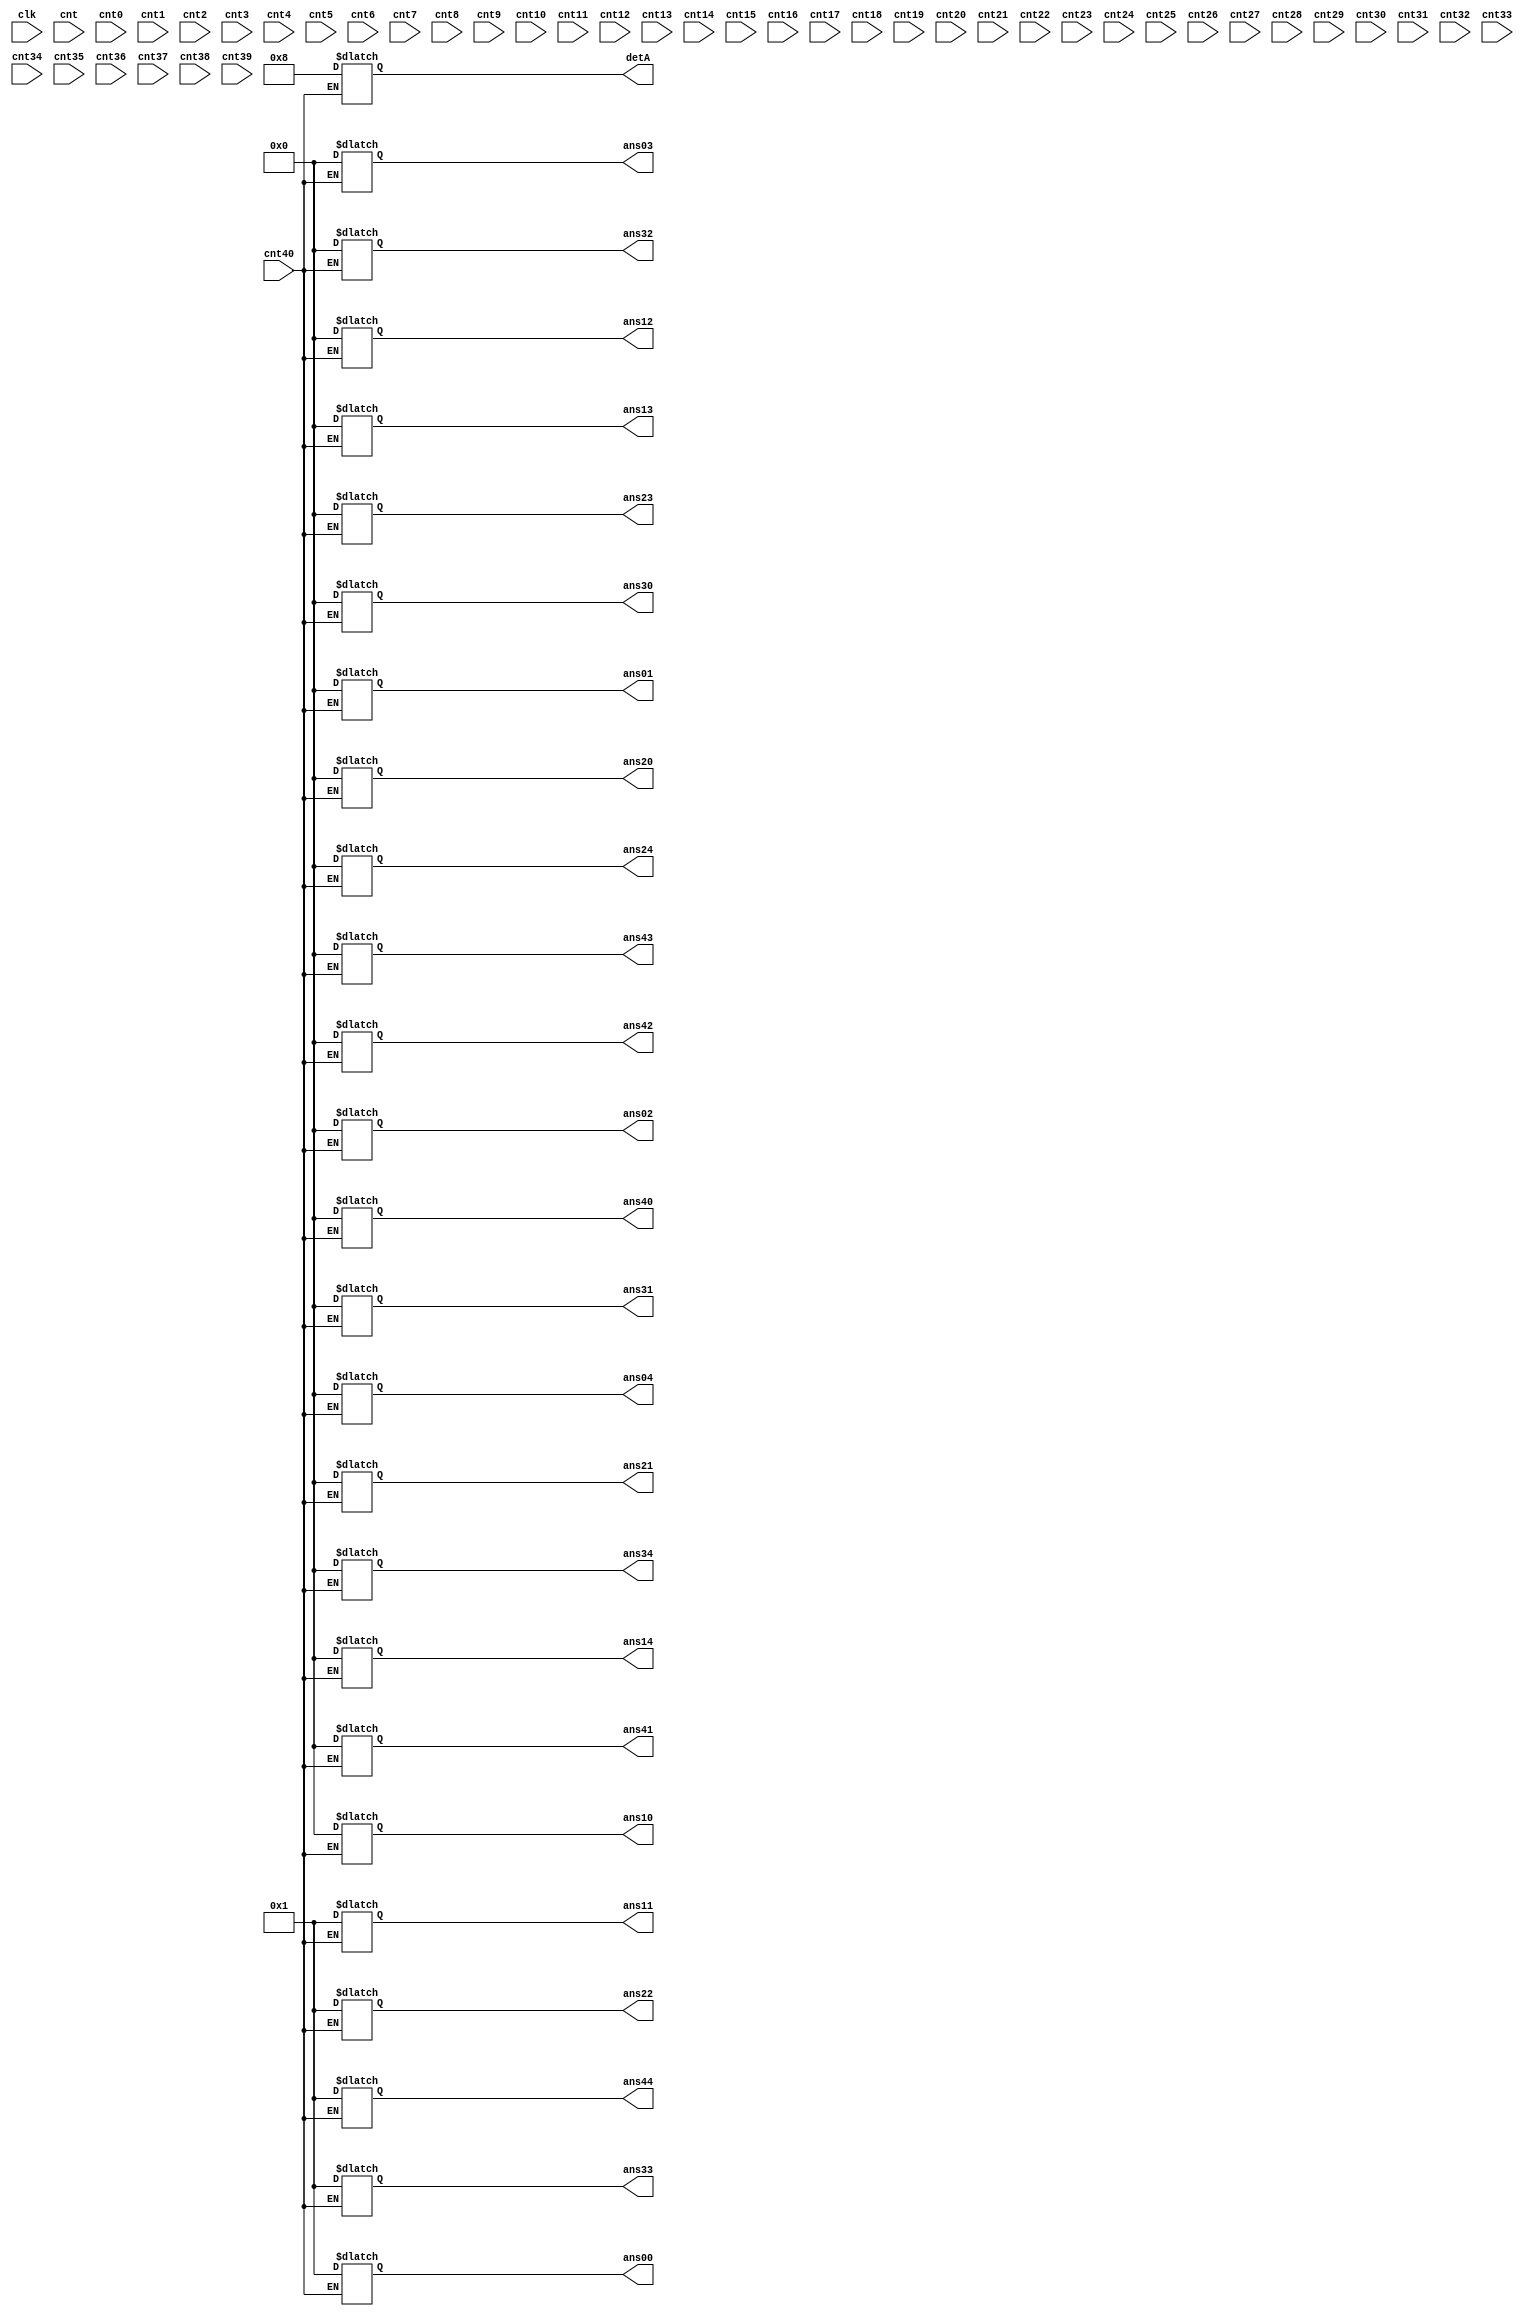
`timescale 1ns / 1ps
//////////////////////////////////////////////////////////////////////////////////
// Company: 
// Engineer: 
// 
// Design Name: 
// Module Name:    matrixInversion 
// Project Name: 
// Target Devices: 
// Tool versions: 
// Description: 
//
// Dependencies: 
//
// Revision: 
// Revision 0.01 - File Created
// Additional Comments: 
//
//////////////////////////////////////////////////////////////////////////////////
module matrixInversion(clk ,cnt ,cnt40 , cnt0 , cnt1 ,cnt2 ,cnt3 , cnt4 ,cnt5 ,cnt6 ,cnt7 ,cnt8 ,cnt9,cnt10 , cnt11 ,cnt12 ,cnt13 , cnt14 ,cnt15 ,cnt16 ,cnt17 ,cnt18 ,cnt19,cnt20 , cnt21 ,cnt22 ,cnt23 , cnt24 ,cnt25 ,cnt26 ,cnt27 ,cnt28 ,cnt29,cnt30 , cnt31 ,cnt32 ,cnt33 , cnt34 ,cnt35 ,cnt36 ,cnt37 ,cnt38 ,cnt39,
		detA, ans00 , ans01 , ans02, ans03, ans04, ans10 , ans11 , ans12, ans13, ans14, ans20 , ans21 , ans22, ans23, ans24, ans30 , ans31 , ans32, ans33, ans34, ans40 , ans41 , ans42, ans43, ans44);

input clk;

reg [63:0] matrix [0:24];

output reg [63:0] ans00 , ans01 , ans02, ans03, ans04;
output reg [63:0] ans10 , ans11 , ans12, ans13, ans14;
output reg [63:0] ans20 , ans21 , ans22, ans23, ans24;
output reg [63:0] ans30 , ans31 , ans32, ans33, ans34;
output reg [63:0] ans40 , ans41 , ans42, ans43, ans44;
output reg [63:0] detA;

reg [63:0] a00 , a01 , a02 , a03 , a04 ,a05 , a06 , a07 , a08 , a09;
reg [63:0] a11 , a12 , a13 , a14 , a10 ,a15 , a16 , a17 , a18 , a19;
reg [63:0] a21 , a22 , a23 , a24 , a20 ,a25 , a26 , a27 , a28 , a29;
reg [63:0] a31 , a32 , a33 , a34 , a30 ,a35 , a36 , a37 , a38 , a39;
reg [63:0] a40 , a41 , a42 , a43 , a44 ,a45 , a46 , a47 , a48 , a49;

input cnt , cnt40;
input cnt0 , cnt1 ,cnt2 ,cnt3 , cnt4 ,cnt5 ,cnt6 ,cnt7 ,cnt8 ,cnt9;
input cnt10 , cnt11 ,cnt12 ,cnt13 , cnt14 ,cnt15 ,cnt16 ,cnt17 ,cnt18 ,cnt19;
input cnt20 , cnt21 ,cnt22 ,cnt23 , cnt24 ,cnt25 ,cnt26 ,cnt27 ,cnt28 ,cnt29;
input cnt30 , cnt31 ,cnt32 ,cnt33 , cnt34 ,cnt35 ,cnt36 ,cnt37 ,cnt38 ,cnt39;

always@(cnt)
begin
	a00 = 1;
	a01 = 0;
	a02 = 0;
	a03 = 0;
	a04 = 0;

	a05 = 1;
	a06 = 0;
	a07 = 0;
	a08 = 0;
	a09 = 0;


	a10 = 0;
	a11 = 2;
	a12 = 6;
	a13 = 0;
	a14 = 0;

	a15 = 0;
	a16 = 1;
	a17 = 0;
	a18 = 0;
	a19 = 0;


	a20 = 3;
	a21 = 0;
	a22 = 4;
	a23 = 4;
	a24 = 2;

	a25 = 0;
	a26 = 0;
	a27 = 1;
	a28 = 0;
	a29 = 0;


	a30 = 4;
	a31 = 0;
	a32 = 0;
	a33 = 1;
	a34 = 0;

	a35 = 0;
	a36 = 0;
	a37 = 0;
	a38 = 1;
	a39 = 0;


	a40 = 2;
	a41 = 4;
	a42 = 0;
	a43 = 0;
	a44 = 1;

	a45 = 0;
	a46 = 0;
	a47 = 0;
	a48 = 0;
	a49 = 1;

	//cnt0 = 1;

end
////////////////////////////////////////////////////////
/////////
////////////////////////////////////////////////////////

always@(cnt0)
begin 

	if(a10!=0)
	begin
	a00 <= a00 * a10;
	a01 <= a01 * a10;
	a02 <= a02 * a10;
	a03 <= a03 * a10;
	a04 <= a04 * a10;
	a05 <= a05 * a10;
	a06 <= a06 * a10;
	a07 <= a07 * a10;
	a08 <= a08 * a10;
	a09 <= a09 * a10;

	a10 <= a10 * a00;
	a11 <= a11 * a00;
	a12 <= a12 * a00;
	a13 <= a13 * a00;
	a14 <= a14 * a00;
	a15 <= a15 * a00;
	a16 <= a16 * a00;
	a17 <= a17 * a00;
	a18 <= a18 * a00;
	a19 <= a19 * a00;
	end
	//cnt1= 1;
end

always@(cnt1)
begin
	if(a10!=0)
	begin
	a10 <= a10-a00;
	a11 <= a11-a01;
	a12 <= a12-a02;
	a13 <= a13-a03;
	a14 <= a14-a04;
	a15 <= a15-a05;
	a16 <= a16-a06;
	a17 <= a17-a07;
	a18 <= a18-a08;
	a19 <= a19-a09;
	end
	//cnt2 = 1;
end

always@(cnt2)
begin
	if(a20 != 0)
	begin
	a00 <= a00 * a20;
	a01 <= a01 * a20;
	a02 <= a02 * a20;
	a03 <= a03 * a20;
	a04 <= a04 * a20;
	a05 <= a05 * a20;
	a06 <= a06 * a20;
	a07 <= a07 * a20;
	a08 <= a08 * a20;
	a09 <= a09 * a20;

	a20 <= a20 * a00;
	a21 <= a21 * a00;
	a22 <= a22 * a00;
	a23 <= a23 * a00;
	a24 <= a24 * a00;
	a25 <= a25 * a00;
	a26 <= a26 * a00;
	a27 <= a27 * a00;
	a28 <= a28 * a00;
	a29 <= a29 * a00;
	end
	//cnt3 = 1;
end

always@(cnt3)
begin
	if(a20 != 0)
	begin

	a20 <= a20-a00;
	a21 <= a21-a01;
	a22 <= a22-a02;
	a23 <= a23-a03;
	a24 <= a24-a04;
	a25 <= a25-a05;
	a26 <= a26-a06;
	a27 <= a27-a07;
	a28 <= a28-a08;
	a29 <= a29-a09;
	end
	//cnt4 = 1;
end


always@(cnt4)
begin
	if(a30 != 0)
	begin
	
	a00 <= a00 * a30;
	a01 <= a01 * a30;
	a02 <= a02 * a30;
	a03 <= a03 * a30;
	a04 <= a04 * a30;
	a05 <= a05 * a30;
	a06 <= a06 * a30;
	a07 <= a07 * a30;
	a08 <= a08 * a30;
	a09 <= a09 * a30;

	a30 <= a30 * a00;
	a31 <= a31 * a00;
	a32 <= a32 * a00;
	a33 <= a33 * a00;
	a34 <= a34 * a00;
	a35 <= a35 * a00;
	a36 <= a36 * a00;
	a37 <= a37 * a00;
	a38 <= a38 * a00;
	a39 <= a39 * a00;
	end
	//cnt5 = 1;
end

always@(cnt5)
begin
	if(a30 != 0)
	begin

	a30 <= a30-a00;
	a31 <= a31-a01;
	a32 <= a32-a02;
	a33 <= a33-a03;
	a34 <= a34-a04;
	a35 <= a35-a05;
	a36 <= a36-a06;
	a37 <= a37-a07;
	a38 <= a38-a08;
	a39 <= a39-a09;
	end
	//cnt6 = 1;
end


always@(cnt6)
begin
	if(a40 != 0)
	begin
	
	a00 <= a00 * a40;
	a01 <= a01 * a40;
	a02 <= a02 * a40;
	a03 <= a03 * a40;
	a04 <= a04 * a40;
	a05 <= a05 * a40;
	a06 <= a06 * a40;
	a07 <= a07 * a40;
	a08 <= a08 * a40;
	a09 <= a09 * a40;

	a40 <= a40 * a00;
	a41 <= a41 * a00;
	a42 <= a42 * a00;
	a43 <= a43 * a00;
	a44 <= a44 * a00;
	a45 <= a45 * a00;
	a46 <= a46 * a00;
	a47 <= a47 * a00;
	a48 <= a48 * a00;
	a49 <= a49 * a00;
	end
	//cnt7 = 1;
end

always@(cnt7)
begin
	if(a40 != 0)
	begin

	a40 <= a40-a00;
	a41 <= a41-a01;
	a42 <= a42-a02;
	a43 <= a43-a03;
	a44 <= a44-a04;
	a45 <= a45-a05;
	a46 <= a46-a06;
	a47 <= a47-a07;
	a48 <= a48-a08;
	a49 <= a49-a09;
	end
	//cnt8 = 1;
end

/////////////////////////////////////////////////////

always@(cnt8)
begin
	if(a21 != 0)
	begin
	
	a10 <= a10 * a21;
	a11 <= a11 * a21;
	a12 <= a12 * a21;
	a13 <= a13 * a21;
	a14 <= a14 * a21;
	a15 <= a15 * a21;
	a16 <= a16 * a21;
	a17 <= a17 * a21;
	a18 <= a18 * a21;
	a19 <= a19 * a21;

	a20 <= a20 * a11;
	a21 <= a21 * a11;
	a22 <= a22 * a11;
	a23 <= a23 * a11;
	a24 <= a24 * a11;
	a25 <= a25 * a11;
	a26 <= a26 * a11;
	a27 <= a27 * a11;
	a28 <= a28 * a11;
	a29 <= a29 * a11;
	end
	//cnt9 = 1;
end

always@(cnt9)
begin
	if(a21 != 0)
	begin

	a20 <= a20-a10;
	a21 <= a21-a11;
	a22 <= a22-a12;
	a23 <= a23-a13;
	a24 <= a24-a14;
	a25 <= a25-a15;
	a26 <= a26-a16;
	a27 <= a27-a17;
	a28 <= a28-a18;
	a29 <= a29-a19;
	end
	//cnt10 = 1;
end

always@(cnt10)
begin
	if(a31 != 0)
	begin
	
	a10 <= a10 * a31;
	a11 <= a11 * a31;
	a12 <= a12 * a31;
	a13 <= a13 * a31;
	a14 <= a14 * a31;
	a15 <= a15 * a31;
	a16 <= a16 * a31;
	a17 <= a17 * a31;
	a18 <= a18 * a31;
	a19 <= a19 * a31;

	a30 <= a30 * a11;
	a31 <= a31 * a11;
	a32 <= a32 * a11;
	a33 <= a33 * a11;
	a34 <= a34 * a11;
	a35 <= a35 * a11;
	a36 <= a36 * a11;
	a37 <= a37 * a11;
	a38 <= a38 * a11;
	a39 <= a39 * a11;
	end
	//cnt11 = 1;
end

always@(cnt11)
begin
	if(a31 != 0)
	begin

	a30 <= a30-a10;
	a31 <= a31-a11;
	a32 <= a32-a12;
	a33 <= a33-a13;
	a34 <= a34-a14;
	a35 <= a35-a15;
	a36 <= a36-a16;
	a37 <= a37-a17;
	a38 <= a38-a18;
	a39 <= a39-a19;
	end
	//cnt12 = 1;
end

always@(cnt12)
begin
	if(a41 != 0)
	begin
	
	a10 <= a10 * a41;
	a11 <= a11 * a41;
	a12 <= a12 * a41;
	a13 <= a13 * a41;
	a14 <= a14 * a41;
	a15 <= a15 * a41;
	a16 <= a16 * a41;
	a17 <= a17 * a41;
	a18 <= a18 * a41;
	a19 <= a19 * a41;

	a40 <= a40 * a11;
	a41 <= a41 * a11;
	a42 <= a42 * a11;
	a43 <= a43 * a11;
	a44 <= a44 * a11;
	a45 <= a45 * a11;
	a46 <= a46 * a11;
	a47 <= a47 * a11;
	a48 <= a48 * a11;
	a49 <= a49 * a11;
	end
	//cnt13 = 1;
end

always@(cnt13)
begin
	if(a41 != 0)
	begin

	a40 <= a40-a10;
	a41 <= a41-a11;
	a42 <= a42-a12;
	a43 <= a43-a13;
	a44 <= a44-a14;
	a45 <= a45-a15;
	a46 <= a46-a16;
	a47 <= a47-a17;
	a48 <= a48-a18;
	a49 <= a49-a19;
	end
	//cnt14 = 1;
end

//////////////////////////////////////////////////

always@(cnt14)
begin
	if(a32 != 0)
	begin
	
	a20 <= a20 * a32;
	a21 <= a21 * a32;
	a22 <= a22 * a32;
	a23 <= a23 * a32;
	a24 <= a24 * a32;
	a25 <= a25 * a32;
	a26 <= a26 * a32;
	a27 <= a27 * a32;
	a28 <= a28 * a32;
	a29 <= a29 * a32;

	a30 <= a30 * a22;
	a31 <= a31 * a22;
	a32 <= a32 * a22;
	a33 <= a33 * a22;
	a34 <= a34 * a22;
	a35 <= a35 * a22;
	a36 <= a36 * a22;
	a37 <= a37 * a22;
	a38 <= a38 * a22;
	a39 <= a39 * a22;
	end
	//cnt15 = 1;
end

always@(cnt15)
begin
	if(a32 != 0)
	begin

	a30 <= a30-a20;
	a31 <= a31-a21;
	a32 <= a32-a22;
	a33 <= a33-a23;
	a34 <= a34-a24;
	a35 <= a35-a25;
	a36 <= a36-a26;
	a37 <= a37-a27;
	a38 <= a38-a28;
	a39 <= a39-a29;
	end
	//cnt16 = 1;
end

always@(cnt16)
begin
	if(a42 != 0)
	begin
	
	a20 <= a20 * a42;
	a21 <= a21 * a42;
	a22 <= a22 * a42;
	a23 <= a23 * a42;
	a24 <= a24 * a42;
	a25 <= a25 * a42;
	a26 <= a26 * a42;
	a27 <= a27 * a42;
	a28 <= a28 * a42;
	a29 <= a29 * a42;

	a40 <= a40 * a22;
	a41 <= a41 * a22;
	a42 <= a42 * a22;
	a43 <= a43 * a22;
	a44 <= a44 * a22;
	a45 <= a45 * a22;
	a46 <= a46 * a22;
	a47 <= a47 * a22;
	a48 <= a48 * a22;
	a49 <= a49 * a22;
	end
	//cnt17 = 1;
end

always@(cnt17)
begin
	if(a42 != 0)
	begin

	a40 <= a40-a20;
	a41 <= a41-a21;
	a42 <= a42-a22;
	a43 <= a43-a23;
	a44 <= a44-a24;
	a45 <= a45-a25;
	a46 <= a46-a26;
	a47 <= a47-a27;
	a48 <= a48-a28;
	a49 <= a49-a29;
	end
	//cnt18 = 1;
end


//////////////////////////////////////////////////

always@(cnt18)
begin
	if(a43 != 0)
	begin
	
	a30 <= a30 * a43;
	a31 <= a31 * a43;
	a32 <= a32 * a43;
	a33 <= a33 * a43;
	a34 <= a34 * a43;
	a35 <= a35 * a43;
	a36 <= a36 * a43;
	a37 <= a37 * a43;
	a38 <= a38 * a43;
	a39 <= a39 * a43;

	a40 <= a40 * a33;
	a41 <= a41 * a33;
	a42 <= a42 * a33;
	a43 <= a43 * a33;
	a44 <= a44 * a33;
	a45 <= a45 * a33;
	a46 <= a46 * a33;
	a47 <= a47 * a33;
	a48 <= a48 * a33;
	a49 <= a49 * a33;
	end
	//cnt19 = 1;
end

always@(cnt19)
begin
	if(a43 != 0)
	begin

	a40 <= a40-a30;
	a41 <= a41-a31;
	a42 <= a42-a32;
	a43 <= a43-a33;
	a44 <= a44-a34;
	a45 <= a45-a35;
	a46 <= a46-a36;
	a47 <= a47-a37;
	a48 <= a48-a38;
	a49 <= a49-a39;
	end
	//cnt20 = 1;
end

//////////////////////////////////////////////////////////
/////////
//////////////////////////////////////////////////////////

always@(cnt20)
begin
	if(a34 != 0)
	begin 

	a40 <= a40 * a34;
	a41 <= a41 * a34;
	a42 <= a42 * a34;
	a43 <= a43 * a34;
	a44 <= a44 * a34;
	a45 <= a45 * a34;
	a46 <= a46 * a34;
	a47 <= a47 * a34;
	a48 <= a48 * a34;
	a49 <= a49 * a34;
	
	a30 <= a30 * a44;
	a31 <= a31 * a44;
	a32 <= a32 * a44;
	a33 <= a33 * a44;
	a34 <= a34 * a44;
	a35 <= a35 * a44;
	a36 <= a36 * a44;
	a37 <= a37 * a44;
	a38 <= a38 * a44;
	a39 <= a39 * a44;
	end
	//cnt21 = 1;
end

always@(cnt21)
begin
	if(a34 != 0)
	begin
	
	a30 <= a30-a40;
	a31 <= a31-a41;
	a32 <= a32-a42;
	a33 <= a33-a43;
	a34 <= a34-a44;
	a35 <= a35-a45;
	a36 <= a36-a46;
	a37 <= a37-a47;
	a38 <= a38-a48;
	a39 <= a39-a49;
	end
	//cnt22 = 1;
end

always@(cnt22)
begin
	if(a24 != 0)
	begin 

	a40 <= a40 * a24;
	a41 <= a41 * a24;
	a42 <= a42 * a24;
	a43 <= a43 * a24;
	a44 <= a44 * a24;
	a45 <= a45 * a24;
	a46 <= a46 * a24;
	a47 <= a47 * a24;
	a48 <= a48 * a24;
	a49 <= a49 * a24;
	
	a20 <= a20 * a44;
	a21 <= a21 * a44;
	a22 <= a22 * a44;
	a23 <= a23 * a44;
	a24 <= a24 * a44;
	a25 <= a25 * a44;
	a26 <= a26 * a44;
	a27 <= a27 * a44;
	a28 <= a28 * a44;
	a29 <= a29 * a44;
	end
	//cnt23 = 1;
end

always@(cnt23)
begin
	if(a24 != 0)
	begin
	
	a20 <= a20-a40;
	a21 <= a21-a41;
	a22 <= a22-a42;
	a23 <= a23-a43;
	a24 <= a24-a44;
	a25 <= a25-a45;
	a26 <= a26-a46;
	a27 <= a27-a47;
	a28 <= a28-a48;
	a29 <= a29-a49;
	end
	//cnt24 = 1;
end

always@(cnt24)
begin
	if(a14 != 0)
	begin 

	a40 <= a40 * a14;
	a41 <= a41 * a14;
	a42 <= a42 * a14;
	a43 <= a43 * a14;
	a44 <= a44 * a14;
	a45 <= a45 * a14;
	a46 <= a46 * a14;
	a47 <= a47 * a14;
	a48 <= a48 * a14;
	a49 <= a49 * a14;
	
	a10 <= a10 * a44;
	a11 <= a11 * a44;
	a12 <= a12 * a44;
	a13 <= a13 * a44;
	a14 <= a14 * a44;
	a15 <= a15 * a44;
	a16 <= a16 * a44;
	a17 <= a17 * a44;
	a18 <= a18 * a44;
	a19 <= a19 * a44;
	end
	//cnt25 = 1;
end

always@(cnt25)
begin
	if(a14 != 0)
	begin
	
	a10 <= a10-a40;
	a11 <= a11-a41;
	a12 <= a12-a42;
	a13 <= a13-a43;
	a14 <= a14-a44;
	a15 <= a15-a45;
	a16 <= a16-a46;
	a17 <= a17-a47;
	a18 <= a18-a48;
	a19 <= a19-a49;
	end
	//cnt26 = 1;
end

always@(cnt26)
begin
	if(a04 != 0)
	begin 

	a40 <= a40 * a04;
	a41 <= a41 * a04;
	a42 <= a42 * a04;
	a43 <= a43 * a04;
	a44 <= a44 * a04;
	a45 <= a45 * a04;
	a46 <= a46 * a04;
	a47 <= a47 * a04;
	a48 <= a48 * a04;
	a49 <= a49 * a04;

	a00 <= a00 * a44;
	a01 <= a01 * a44;
	a02 <= a02 * a44;
	a03 <= a03 * a44;
	a04 <= a04 * a44;
	a05 <= a05 * a44;
	a06 <= a06 * a44;
	a07 <= a07 * a44;
	a08 <= a08 * a44;
	a09 <= a09 * a44;
	end
	//cnt27 = 1;
end

always@(cnt27)
begin
	if(a04 != 0)
	begin
	
	a00 <= a00-a40;
	a01 <= a01-a41;
	a02 <= a02-a42;
	a03 <= a03-a43;
	a04 <= a04-a44;
	a05 <= a05-a45;
	a06 <= a06-a46;
	a07 <= a07-a47;
	a08 <= a08-a48;
	a09 <= a09-a49;
	end
	//cnt28 = 1;
end

////////////////////////////////////////////////

always@(cnt28)
begin
	if(a23 != 0)
	begin

	a30 <= a30 * a23;
	a31 <= a31 * a23;
	a32 <= a32 * a23;
	a33 <= a33 * a23;
	a34 <= a34 * a23;
	a35 <= a35 * a23;
	a36 <= a36 * a23;
	a37 <= a37 * a23;
	a38 <= a38 * a23;
	a39 <= a39 * a23;
	
	a20 <= a20 * a33;
	a21 <= a21 * a33;
	a22 <= a22 * a33;
	a23 <= a23 * a33;
	a24 <= a24 * a33;
	a25 <= a25 * a33;
	a26 <= a26 * a33;
	a27 <= a27 * a33;
	a28 <= a28 * a33;
	a29 <= a29 * a33;
	end
	//cnt29 = 1;
end

always@(cnt29)
begin
	if(a23 != 0)
	begin
	
	a20 <= a20-a30;
	a21 <= a21-a31;
	a22 <= a22-a32;
	a23 <= a23-a33;
	a24 <= a24-a34;
	a25 <= a25-a35;
	a26 <= a26-a36;
	a27 <= a27-a37;
	a28 <= a28-a38;
	a29 <= a29-a39;
	end
	//cnt30 = 1;
end

always@(cnt30)
begin
	if(a13 != 0)
	begin

	a30 <= a30 * a13;
	a31 <= a31 * a13;
	a32 <= a32 * a13;
	a33 <= a33 * a13;
	a34 <= a34 * a13;
	a35 <= a35 * a13;
	a36 <= a36 * a13;
	a37 <= a37 * a13;
	a38 <= a38 * a13;
	a39 <= a39 * a13;
	
	a10 <= a10 * a33;
	a11 <= a11 * a33;
	a12 <= a12 * a33;
	a13 <= a13 * a33;
	a14 <= a14 * a33;
	a15 <= a15 * a33;
	a16 <= a16 * a33;
	a17 <= a17 * a33;
	a18 <= a18 * a33;
	a19 <= a19 * a33;
	end
	//cnt31 = 1;
end

always@(cnt31)
begin
	if(a13 != 0)
	begin
	
	a10 <= a10-a30;
	a11 <= a11-a31;
	a12 <= a12-a32;
	a13 <= a13-a33;
	a14 <= a14-a34;
	a15 <= a15-a35;
	a16 <= a16-a36;
	a17 <= a17-a37;
	a18 <= a18-a38;
	a19 <= a19-a39;
	end
	//cnt32 = 1;
end

always@(cnt32)
begin
	if(a03 != 0)
	begin

	a30 <= a30 * a03;
	a31 <= a31 * a03;
	a32 <= a32 * a03;
	a33 <= a33 * a03;
	a34 <= a34 * a03;
	a35 <= a35 * a03;
	a36 <= a36 * a03;
	a37 <= a37 * a03;
	a38 <= a38 * a03;
	a39 <= a39 * a03;
	
	a00 <= a00 * a33;
	a01 <= a01 * a33;
	a02 <= a02 * a33;
	a03 <= a03 * a33;
	a04 <= a04 * a33;
	a05 <= a05 * a33;
	a06 <= a06 * a33;
	a07 <= a07 * a33;
	a08 <= a08 * a33;
	a09 <= a09 * a33;
	end
	//cnt33 = 1;
end

always@(cnt33)
begin
	if(a03 != 0)
	begin
	
	a00 <= a00-a30;
	a01 <= a01-a31;
	a02 <= a02-a32;
	a03 <= a03-a33;
	a04 <= a04-a34;
	a05 <= a05-a35;
	a06 <= a06-a36;
	a07 <= a07-a37;
	a08 <= a08-a38;
	a09 <= a09-a39;
	end
	//cnt34 = 1;
end

//////////////////////////////////////////////////

always@(cnt34)
begin
	if(a12 != 0)
	begin

	a20 <= a20 * a12;
	a21 <= a21 * a12;
	a22 <= a22 * a12;
	a23 <= a23 * a12;
	a24 <= a24 * a12;
	a25 <= a25 * a12;
	a26 <= a26 * a12;
	a27 <= a27 * a12;
	a28 <= a28 * a12;
	a29 <= a29 * a12;
	
	a10 <= a10 * a22;
	a11 <= a11 * a22;
	a12 <= a12 * a22;
	a13 <= a13 * a22;
	a14 <= a14 * a22;
	a15 <= a15 * a22;
	a16 <= a16 * a22;
	a17 <= a17 * a22;
	a18 <= a18 * a22;
	a19 <= a19 * a22;
	end
	//cnt35 = 1;
end

always@(cnt35)
begin
	if(a12 != 0)
	begin
	
	a10 <= a10-a20;
	a11 <= a11-a21;
	a12 <= a12-a22;
	a13 <= a13-a23;
	a14 <= a14-a24;
	a15 <= a15-a25;
	a16 <= a16-a26;
	a17 <= a17-a27;
	a18 <= a18-a28;
	a19 <= a19-a29;
	end
	//cnt36= 1;
end

always@(cnt36)
begin
	if(a02 != 0)
	begin

	a20 <= a20 * a02;
	a21 <= a21 * a02;
	a22 <= a22 * a02;
	a23 <= a23 * a02;
	a24 <= a24 * a02;
	a25 <= a25 * a02;
	a26 <= a26 * a02;
	a27 <= a27 * a02;
	a28 <= a28 * a02;
	a29 <= a29 * a02;
	
	a00 <= a00 * a22;
	a01 <= a01 * a22;
	a02 <= a02 * a22;
	a03 <= a03 * a22;
	a04 <= a04 * a22;
	a05 <= a05 * a22;
	a06 <= a06 * a22;
	a07 <= a07 * a22;
	a08 <= a08 * a22;
	a09 <= a09 * a22;
	end
	//cnt37 = 1;
end

always@(cnt37)
begin
	if(a02 != 0)
	begin
	
	a00 <= a00-a30;
	a01 <= a01-a31;
	a02 <= a02-a32;
	a03 <= a03-a33;
	a04 <= a04-a34;
	a05 <= a05-a35;
	a06 <= a06-a36;
	a07 <= a07-a37;
	a08 <= a08-a38;
	a09 <= a09-a39;
	end
	//cnt38= 1;
end

//////////////////////////////////////////////////////

always@(cnt38)
begin
	if(a01 != 0)
	begin
	
	a10 <= a10 * a01;
	a11 <= a11 * a01;
	a12 <= a12 * a01;
	a13 <= a13 * a01;
	a14 <= a14 * a01;
	a15 <= a15 * a01;
	a16 <= a16 * a01;
	a17 <= a17 * a01;
	a18 <= a18 * a01;
	a19 <= a19 * a01;
	
	a00 <= a00 * a11;
	a01 <= a01 * a11;
	a02 <= a02 * a11;
	a03 <= a03 * a11;
	a04 <= a04 * a11;
	a05 <= a05 * a11;
	a06 <= a06 * a11;
	a07 <= a07 * a11;
	a08 <= a08 * a11;
	a09 <= a09 * a11;
	end
	//cnt39 = 1;
	
end

always@(cnt39)
begin
	if(a01 != 0)
	begin
	
	a00 <= a00 - a10;
	a01 <= a01 - a11;
	a02 <= a02 - a12;
	a03 <= a03 - a13;
	a04 <= a04 - a14;
	a05 <= a05 - a15;
	a06 <= a06 - a16;
	a07 <= a07 - a17;
	a08 <= a08 - a18;
	a09 <= a09 - a19;
	end
end

always@(cnt40)
begin
	
	if(cnt40 == 1'b1)
	begin
		ans00 <= a05;
		ans01 <= a06;
		ans02 <= a07;
		ans03 <= a08;
		ans04 <= a09;
		
		
		ans10 <= a15;
		ans11 <= a16;
		ans12 <= a17;
		ans13 <= a18;
		ans14 <= a19;
		
		
		ans20 <= a25;
		ans21 <= a26;
		ans22 <= a27;
		ans23 <= a28;
		ans24 <= a29;
		
		ans30 <= a35;
		ans31 <= a36;
		ans32 <= a37;
		ans33 <= a38;
		ans34 <= a39;
		
		
		ans40 <= a45;
		ans41 <= a46;
		ans42 <= a47;
		ans43 <= a48;
		ans44 <= a49;
		
		detA = (((a00 * a11) * (a22 * a33)) * a44);
	end
end

endmodule